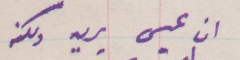
ابن عيسى يريد ولكنه